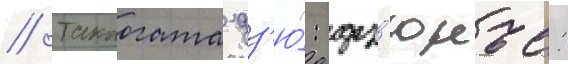
// Такаогата дз'ю́: дз'юнъе: